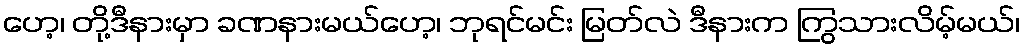
ဟေ့၊ တို့ဒီနားမှာ ခဏနားမယ်ဟေ့၊ ဘုရင်မင်း မြတ်လဲ ဒီနားက ကြွသားလိမ့်မယ်၊